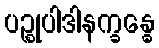
ပဉ္စုပါဒါနက္ခန္ဓေ